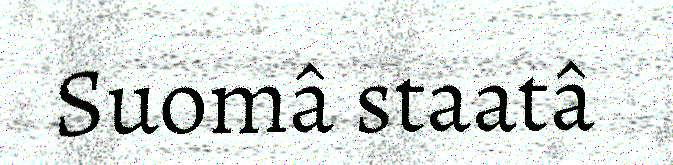
Suomâ staatâ